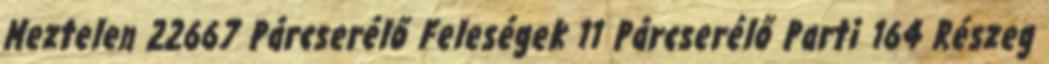
Meztelen 22667 Párcserélő Feleségek 11 Párcserélő Parti 164 Részeg